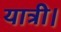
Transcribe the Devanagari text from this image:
यात्री।